Vaccination North-Western Provinces and Oudh 1896-1901 - 1896-1901
Year: 1896
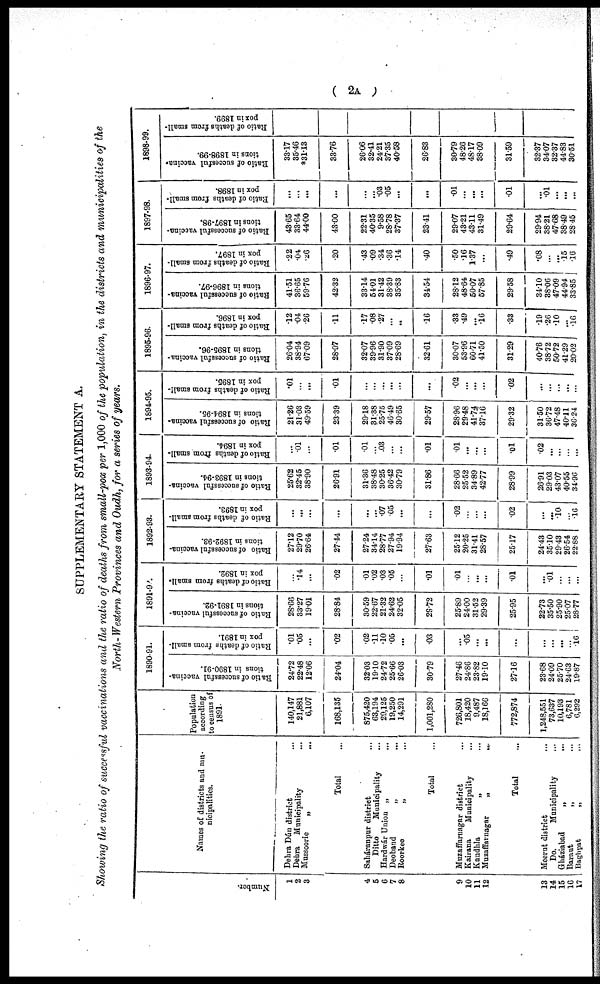
( 2A )
SUPPLEMENTARY STATEMENT A.
Showing the ratio of successful vaccinations and the ratio of deaths from small-pox per 1,000 of the population, in the districts and municipalities of the
North- Western Provinces and Oudh, for a series of years.
Number.
1
2
3
4
5
6
7
8
9
10
11
12
13
14
15
16
17
Names of districts and mu-
nicipalities.
Dehra Dún district ...
Dehra Municipality ...
Mussoorie
„ ...
Total ...
Saháranpur district ...
Ditto
Municipality ...
Hardwár Union „
...
Deoband
„
...
Roorkee
„ ...
Total ...
Muzaffarnagar district ...
Kairana
Municipality ...
Kandhla
„ ...
Muzaffarnagar
„
...
Total ...
Meerut district ...
Do.
Municipality ...
Gháziabad
„ ...
Baraut
„ ...
Baghpat
„
...
Population
according
to census of
1891.
140,147
21,881
6,107
168,135
875,420
63,194
29,125
19,250
14,291
1,001,280
726,801
18,420
9,487
18,166
772,874
1,248,551
73,637
10,193
6,781
6,292
1890-91.
Ratio of successful vaccina-
tions in 1890-91.
24.72
22.48
12.06
24.04
32.03
19.10
24.72
25.66
26.03
30.79
27.46
24.86
23.82
19.10
27.16
23.68
24.09
25.70
24.63
19.87
Ratio of deaths from small.
pox in 1891.
.01
.05
...
.02
.02
.11
.10
.05
...
.03
...
.05
...
...
...
...
...
...
...
.16
1891-92.
Ratio of successful vaccina-
tions in 1891-92.
28.66
33.27
19.01
28.84
30.59
22.67
21.32
24.62
32.05
29.72
25.89
24.00
31.52
29.39
25.95
22.73
35.50
25.90
25.07
28.77
Ratio of deaths from small¬
pox in 1892.
...
.14
...
.02
.01
.02
.03
.05
...
.01
.01
...
...
...
.01
...
.01
...
...
...
1892-93.
Ratio of successful vaccina-
tions in 1892-93.
27.12
29.70
26.64
27.44
27.24
34.14
28.77
27.94
19.94
27.63
25.12
20.25
31.41
28.57
25.17
24.43
35.10
29.43
26.54
22.88
Ratio of deaths from small-
pox in 1893.
...
...
...
...
...
...
.07
.05
...
...
.02
...
...
...
.02
...
...
.10
...
.16
1893-94.
Ratio of successful vaccina-
tions in 1893-94.
25.62
32.45
38.90
26.91
31.36
38.48
30.25
36.42
30.79
31.86
28.66
25.52
34.89
42.77
28.99
26.91
29.03
43.07
40.55
34.96
Ratio of deaths from small-
pox in 1894.
...
.01
...
.01
.01
...
.03
...
...
.01
.01
...
...
...
.01
.02
...
...
...
...
1894-95.
Ratio of successful vaccina-
tions in 1894-95.
21.26
31.03
49.59
23.39
29.18
31.38
25.75
46.49
30.65
29.57
28.96
29.48
41.74
37.16
29.32
31.50
36.72
47.48
40.11
36.24
Ratio of deaths from small-
pox in 1895.
.01
...
...
.01
...
...
...
...
...
...
.02
...
...
...
.02
. . .
...
...
...
...
1895-96.
Ratio of successful vaccina-
tions in 1895-96.
26.04
38.94
67.09
28.97
32.07
39.96
31.90
37.09
28.69
32.61
30.07
53.96
60.71
41.50
31.29
40.76
38.72
50.72
41.29
20.02
Ratio of deaths from small-
pox in 1896.
.12
.04
.26
.11
.17
.08
.27
...
...
.16
.33
.49
...
.16
.33
.19
.26
.10
...
.16
1896-97.
Ratio of successful vaccina-
tions in 1896-97.
41.51
36.65
59.76
42.32
33.14
54.01
31.42
38.39
35.83
34.54
28.12
48.64
50.07
57.85
29.58
34.10
38.06
47.09
44.94
33.85
Ratio of deaths from small-
pox in 1897.
.22
.04
.26
.20
.43
.09
.34
.36
.14
.40
.50
.16
1.37
...
.49
.08
...
...
.15
.16
1897-98.
Ratio of successful vaccina-
tions in 1897-98.
43.65
33.64
44.00
43.00
22.31
40.35
9.58
28.78
37.37
23.41
29.07
43.21
43.11
31.49
29.64
29.94
38.21
47.68
38.49
28.45
Ratio of deaths from small¬
pox in 1898.
...
...
...
...
...
...
.03
.05
...
.01
...
...
.01
.01
1898-99.
Ratio of succesful vaccina¬
tions in 1898-99.
33.17
35.46
*31.13
33.76
26.06
32.41
24.21
37.35
40.58
26.83
30.79
48.26
48.17
38.09
31.59
32.37
34.07
32.37
44.83
30.51
R atio of deaths from small-
pox in 1899.